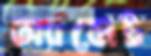
অ্যাসেট